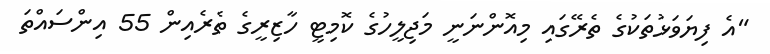
"އެ ފިޔަވަޅުތަކުގެ ތެރޭގައި މިއޮންނަނީ މަޖިލީހުގެ ކޮމިޓީ ހާޒިރީގެ ތެރެއިން 55 އިންސައްތަ